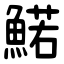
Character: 鰙